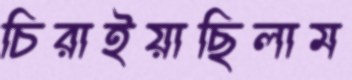
চিরাইয়াছিলাম